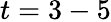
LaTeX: t=3-5